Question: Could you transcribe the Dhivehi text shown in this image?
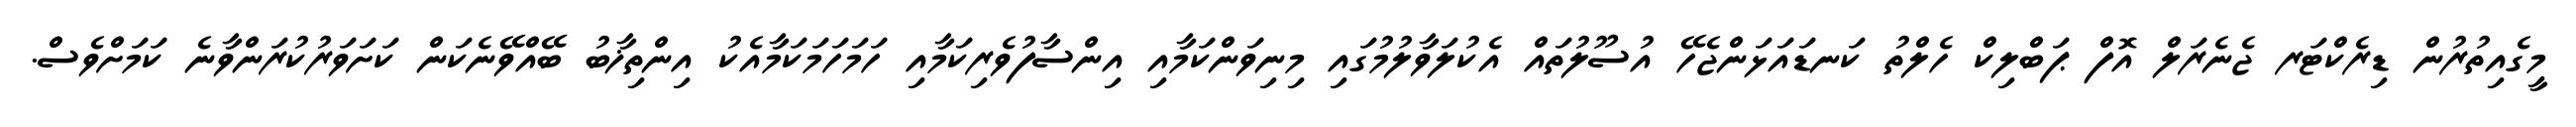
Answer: މީގެއިތުރުން ޑިރެކްޓަރ ޖެނެރަލް އޮފް ޕަބްލިކް ހެލްތު ކަނޑައަޅަންޖެހޭ އުސޫލުތައް އެކުލަވާލުމުގައި މިނިވަންކަމާއި އިންސާފުވެރިކަމާއި ހަމަހަމަކަމާއެކު އިންތިޚާބު ބޭއްވޭނެކަން ކަށަވަރުކުރަންވާނެ ކަމަށްވެސް.